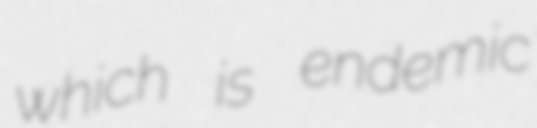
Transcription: which is endemic